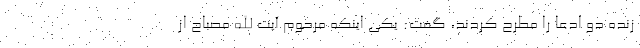
زنده دو ادعا را مطرح کردند، گفت: یکی اینکه مرحوم آیت الله مصباح از